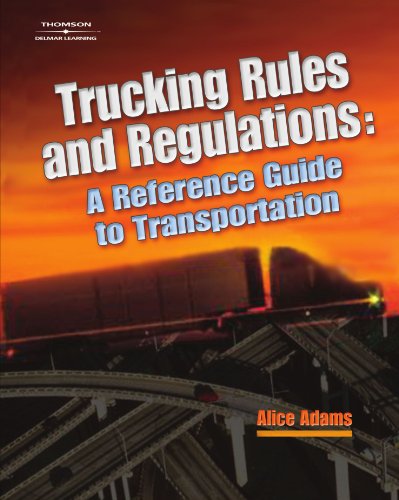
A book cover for Trucking Rules and Regulations: Reference Guide to Transportation (A Nafta Guidebook for North American Truckers); Alice Adams; Test Preparation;